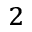
^ 2